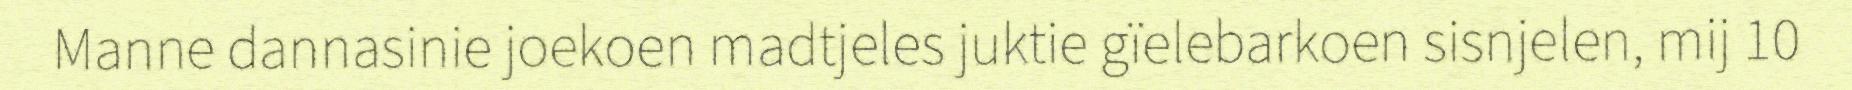
Manne dannasinie joekoen madtjeles juktie gïelebarkoen sisnjelen, mij 10